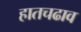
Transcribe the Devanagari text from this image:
हातचढाव